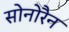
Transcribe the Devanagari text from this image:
सोनोरैन